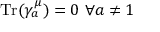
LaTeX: { \mathrm { T r } } ( \gamma _ { a } ^ { \mu } ) = 0 ~ \forall a \not = 1